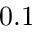
0 . 1